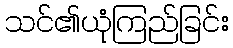
သင်၏ယုံကြည်ခြင်း